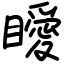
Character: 瞹